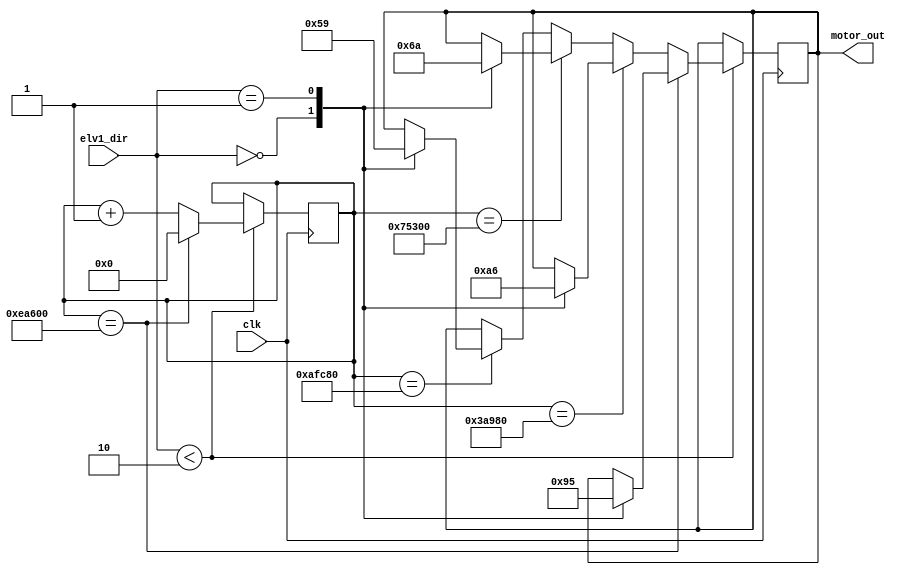
module spin_elevator_step_motor(clk, motor_out, elv1_dir);

	input clk;
	
	output [3:0] motor_out;
	reg [3:0] motor_out;
	
	input[1:0] elv1_dir;
	
	reg [29:0] motor_count;
	
	initial
	begin
		motor_count = 30'd960000;
		motor_out = 0;
	end
	
	always@(posedge clk)
	begin
		if(elv1_dir < 2)
		begin
			if(motor_count == 30'd960000)
			begin
				case(elv1_dir)
				2'b0: begin motor_out = 4'b1001; end
				2'b1: begin motor_out = 4'b0101; end
				endcase
				motor_count = 0;
			end
			
			else if(motor_count == 30'd240000)
			begin
				case(elv1_dir)
				2'b0: begin motor_out = 4'b1010; end
				2'b1: begin motor_out = 4'b0110; end
				endcase
				motor_count = motor_count + 1;
			end
			
			else if(motor_count == 30'd480000)
			begin
				case(elv1_dir)
				2'b0: begin motor_out = 4'b0110; end
				2'b1: begin motor_out = 4'b1010; end
				endcase
				motor_count = motor_count + 1;
			end
			
			else if(motor_count == 30'd720000)
			begin
				case(elv1_dir)
				2'b0: begin motor_out = 4'b0101; end
				2'b1: begin motor_out = 4'b1001; end
				endcase
				motor_count = motor_count + 1;
			end
			
			else
			begin
				motor_count = motor_count + 1;
			end
		end
	end

endmodule